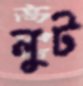
লুট